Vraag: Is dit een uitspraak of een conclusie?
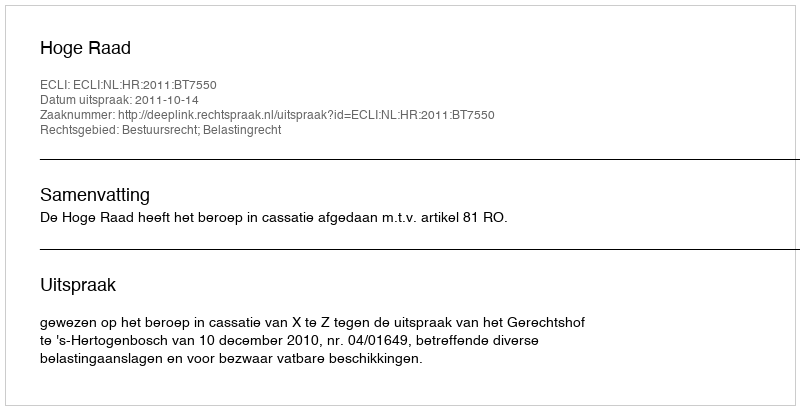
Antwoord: Uitspraak